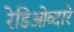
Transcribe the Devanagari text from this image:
रेडिओव्दारे